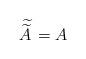
LaTeX: \begin{align*}\widetilde{\!\widetilde A\,}=A\,\end{align*}